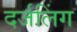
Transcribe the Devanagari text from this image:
दर्जलिंग